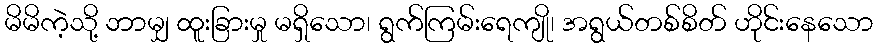
မိမိကဲ့သို့ ဘာမျှ ထူးခြားမှု မရှိသော၊ ရွက်ကြမ်းရေကျို၊ အရွယ်တစ်စိတ် ဟိုင်းနေသော